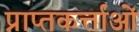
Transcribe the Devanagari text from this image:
प्राप्तकर्त्ताओं